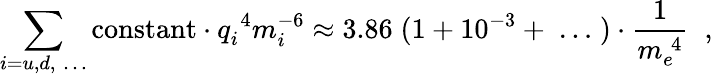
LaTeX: \sum_{i=u,d,\; \dots}\mathrm{constant}\cdot q_{i}^{\; 4}m_{i}^{-6}\approx 3.86\; (1+10^{-3}+\; \dots\; )\cdot\frac{1}{m_{e}^{\; 4}}\; \; ,